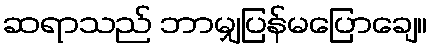
ဆရာသည် ဘာမျှပြန်မပြောချေ။